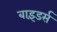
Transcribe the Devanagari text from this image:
बाइंडर्स